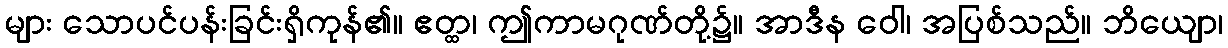
များ သောပင်ပန်းခြင်းရှိကုန်၏။ ဧတ္ထ၊ ဤကာမဂုဏ်တို့၌။ အာဒီန ဝေါ၊ အပြစ်သည်။ ဘိယျော၊